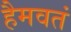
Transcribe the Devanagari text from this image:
हैमवतं